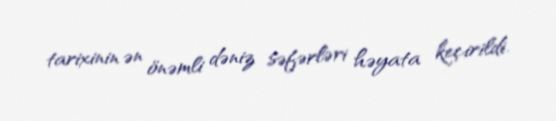
tarixinin ən önəmli dəniz səfərləri həyata keçirildi.